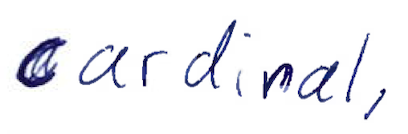
Text: cardinal,
Cross-out: clean
Writing tool: ballpoint